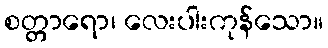
စတ္တာရော၊ လေးပါးကုန်သော။